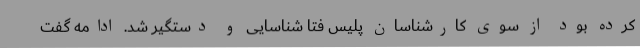
کرده بود از سوی کارشناسان پلیس فتا شناسایی و دستگیر شد. ادامه گفت